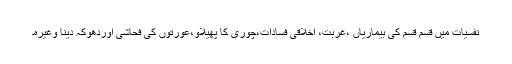
نفسیات میں قسم قسم کی بیماریاں ،غربت، اخلاقی فسادات،چوری کا پھیلاؤ،عورتوں کی فحاشی اوردھوکہ دینا وغیرہ۔